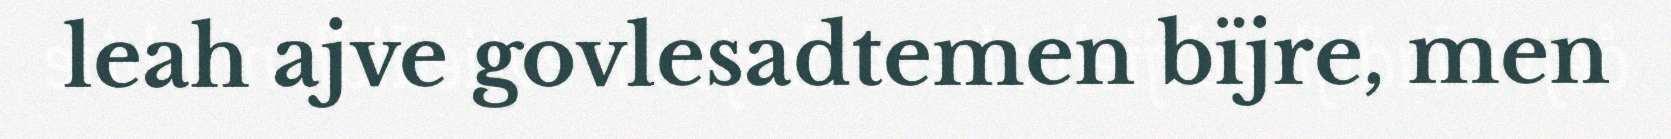
leah ajve govlesadtemen bïjre, men